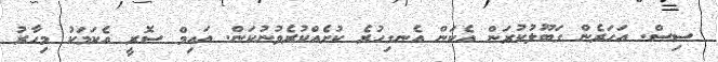
ސިސް. އަހަރެން ގަބޫލުކުރަން އެކަން އެނގިހުރެ ކުށެއްކުރެވުނުކަން. އައިމް ސޮރީ އެކަމަކު މިހާރު